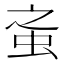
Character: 𧉌